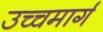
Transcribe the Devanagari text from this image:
उच्चमार्ग